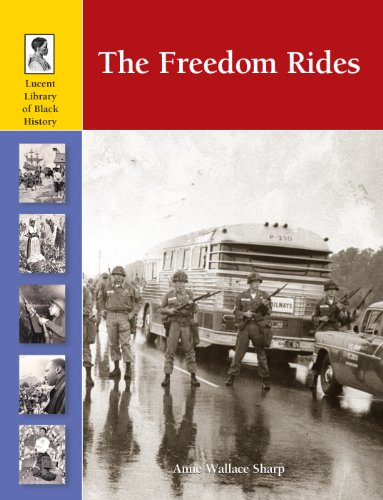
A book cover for The Freedom Rides (Lucent Library of Black History); Anne Wallace Sharp; Teen & Young Adult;